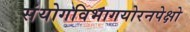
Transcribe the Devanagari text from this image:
संयोगविभागयोरनपेक्षो